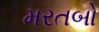
મરતબો